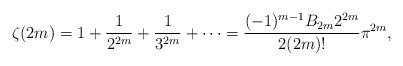
LaTeX: \begin{align*} \zeta(2m)=1+\frac{1}{2^{2m}}+\frac{1}{3^{2m}}+\cdots=\frac{(-1)^{m-1}B_{2m}2^{2m}}{2(2m)!}\pi^{2m},\end{align*}